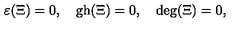
\varepsilon ( \Xi ) = 0 , \quad \mathrm { g h } ( \Xi ) = 0 , \quad \mathrm { d e g } ( \Xi ) = 0 ,